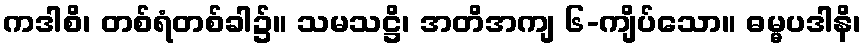
ကဒါစိ၊ တစ်ရံတစ်ခါ၌။ သမသဋ္ဌိ၊ အတိအကျ ၆-ကျိပ်သော။ ဓမ္မပဒါနိ၊